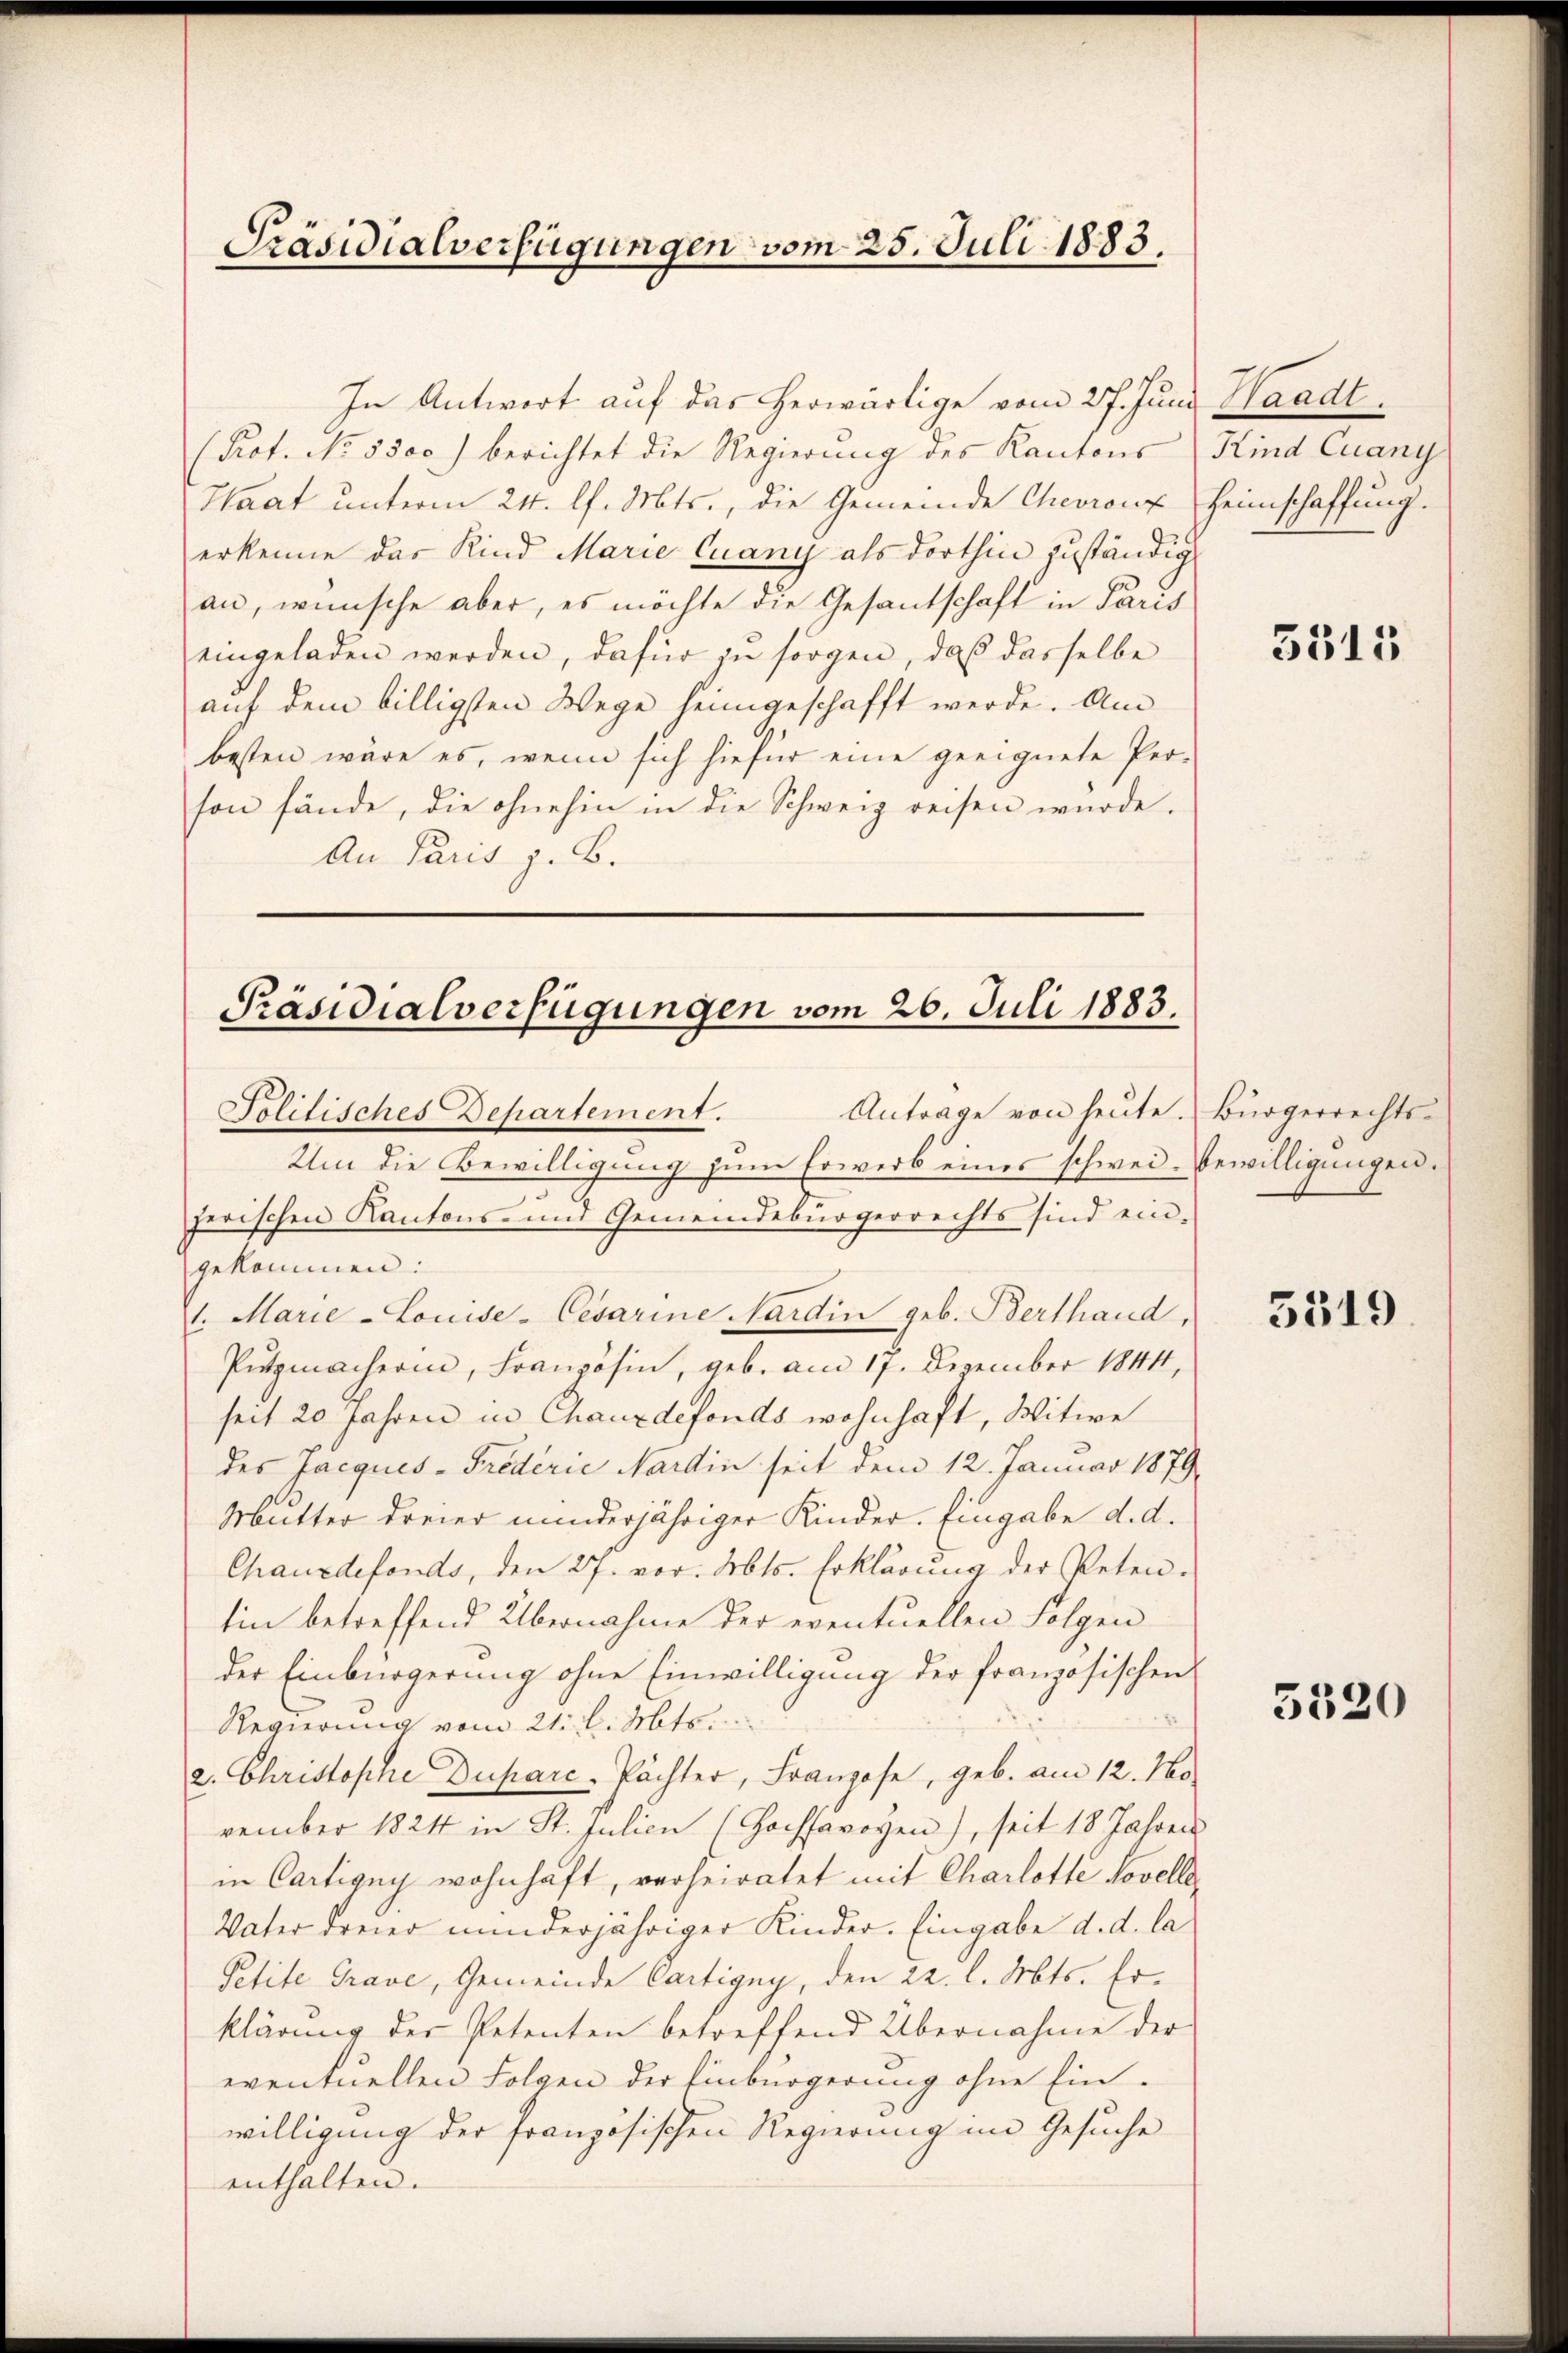
Präsidialverfügungen vom 25. Juli 1883.

In Antwort auf das herwärtige vom 27. Juni Handt.
Prof. No. 5500) berichtet die Regierung des Kantons Kind Cuany
Haat unterm 24. l. Mts., die Gemeinde Chevronz Heimschaffung.
erkenne das Kind Marie Quany als dorthin zuständig
an, wünsche aber, es möchte die Gesandschaft in Paris
eingeladen werden, dafür zu sorgen, daß dasselbe
auf dem billigsten Wege heimgeschafft werde. Am
besten wäre es, wenn sich hiefür eine geeignete Per-
son fände, die ohnehin in die Schweig reisen wurde.
An Paris z. B.

Präsidialverfügungen vom 26. Juli 1883.
Antrage von heute. Bürgerrechts-
Solitisches Departement.

Um die Bewilligung zum Erwerb eines schwei- Bewilligungen.

zerischen Kantons- und Gemeindebürgerrechts sind eingekommen:
1. Marie -Louise- Cesarine Nardin geb. Berthand,
Pützmacherin, Französin, geb. am 17. Dezember 1844,
seit 20 Jahren in Chauxdefonds wohnhaft, Witwe
des Jacques - Friderie Nartin seit dem 12. Januar 1879
Mutter dreier minderjähriger Kinder. Eingabe d. d.
Chauxdefonds, den 27. vor. Mts. Erklärung der Peten-
tin betreffend Übernahme der eventuellen Folgen
der Einbürgerung ohne Einwilligung der französischen
Regierung vom 21. d. Mts.
2. Christophe Duparc-Pächter, Franzose, geb. am 12. No
vember 1824 in St. Julien (Hochsavoyen), seit 18 Jahren
in Cartigny wohnhaft, verheiratet mit Charlotte Novelle¬
Vater dreier minderjähriger Kinder. Eingabe d. d. la
Petite Grave, Gemeinde Cartigny, den 22. l. Mts. Erklärung der Petenten betreffend Übernahme der
eventuellen Folgen der Einbürgerung ohne Ein-
willigung der französischen Regierung im Gesuche
enthalten.

3315

3519.

5520